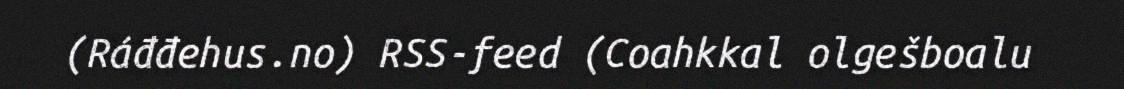
(Ráđđehus.no) RSS-feed (Coahkkal olgešboalu